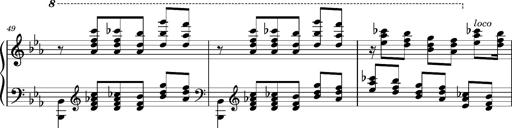
Title: PrÃ©ludes et Harmonies poÃ©tiques et religieuses
Composer: Franz Liszt